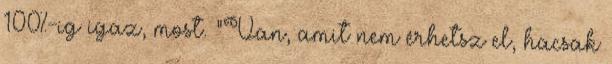
100%-ig igaz, most. "Van, amit nem érhetsz el, hacsak